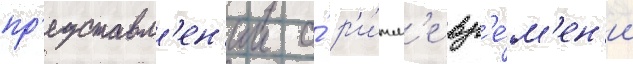
пр'едставл'ен'ии о́ р'и́тм'е вр'е́м'ен'и